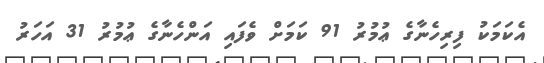
އެކަމަކު ފިރިހެނާގެ ޢުމުރު 91 ކަމަށް ވެފައި އަންހެނާގެ ޢުމުރު 31 އަހަރު